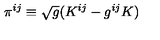
\pi ^ { i j } \equiv \sqrt { g } ( K ^ { i j } - g ^ { i j } K )